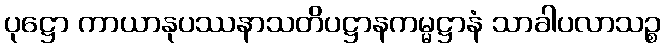
ပုဋ္ဌော ကာယာနုပဿနာသတိပဋ္ဌာနကမ္မဋ္ဌာနံ သာခါပလာသဉ္စ